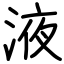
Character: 液